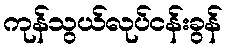
ကုန်သွယ်လုပ်ငန်းခွန်